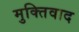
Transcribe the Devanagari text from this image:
मुक्तिवाद